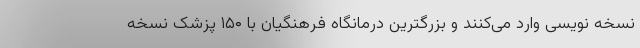
نسخه نویسی وارد می‌کنند و بزرگترین درمانگاه فرهنگیان با ۱۵۰ پزشک نسخه